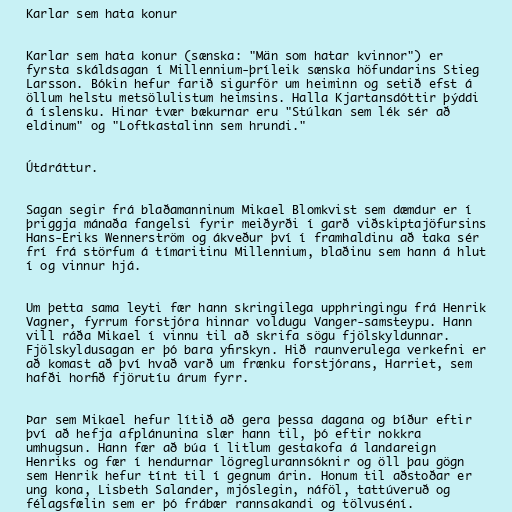
Karlar sem hata konur

Karlar sem hata konur (sænska: "Män som hatar kvinnor") er
fyrsta skáldsagan í Millennium-þríleik sænska höfundarins Stieg
Larsson. Bókin hefur farið sigurför um heiminn og setið efst á
öllum helstu metsölulistum heimsins. Halla Kjartansdóttir þýddi
á íslensku. Hinar tvær bækurnar eru "Stúlkan sem lék sér að
eldinum" og "Loftkastalinn sem hrundi."

Útdráttur.

Sagan segir frá blaðamanninum Mikael Blomkvist sem dæmdur er í
þriggja mánaða fangelsi fyrir meiðyrði í garð viðskiptajöfursins
Hans-Eriks Wennerström og ákveður því í framhaldinu að taka sér
frí frá störfum á tímaritinu Millennium, blaðinu sem hann á hlut
í og vinnur hjá.

Um þetta sama leyti fær hann skringilega upphringingu frá Henrik
Vagner, fyrrum forstjóra hinnar voldugu Vanger-samsteypu. Hann
vill ráða Mikael í vinnu til að skrifa sögu fjölskyldunnar.
Fjölskyldusagan er þó bara yfirskyn. Hið raunverulega verkefni er
að komast að því hvað varð um frænku forstjórans, Harriet, sem
hafði horfið fjörutíu árum fyrr.

Þar sem Mikael hefur lítið að gera þessa dagana og bíður eftir
því að hefja afplánunina slær hann til, þó eftir nokkra
umhugsun. Hann fær að búa í litlum gestakofa á landareign
Henriks og fær í hendurnar lögreglurannsóknir og öll þau gögn
sem Henrik hefur tínt til í gegnum árin. Honum til aðstoðar er
ung kona, Lisbeth Salander, mjóslegin, náföl, tattúveruð og
félagsfælin sem er þó frábær rannsakandi og tölvuséní.